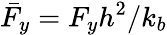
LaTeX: \bar{F}_{y}=F_{y}h^{2}/k_{b}